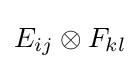
E_{ij}\otimes F_{kl}